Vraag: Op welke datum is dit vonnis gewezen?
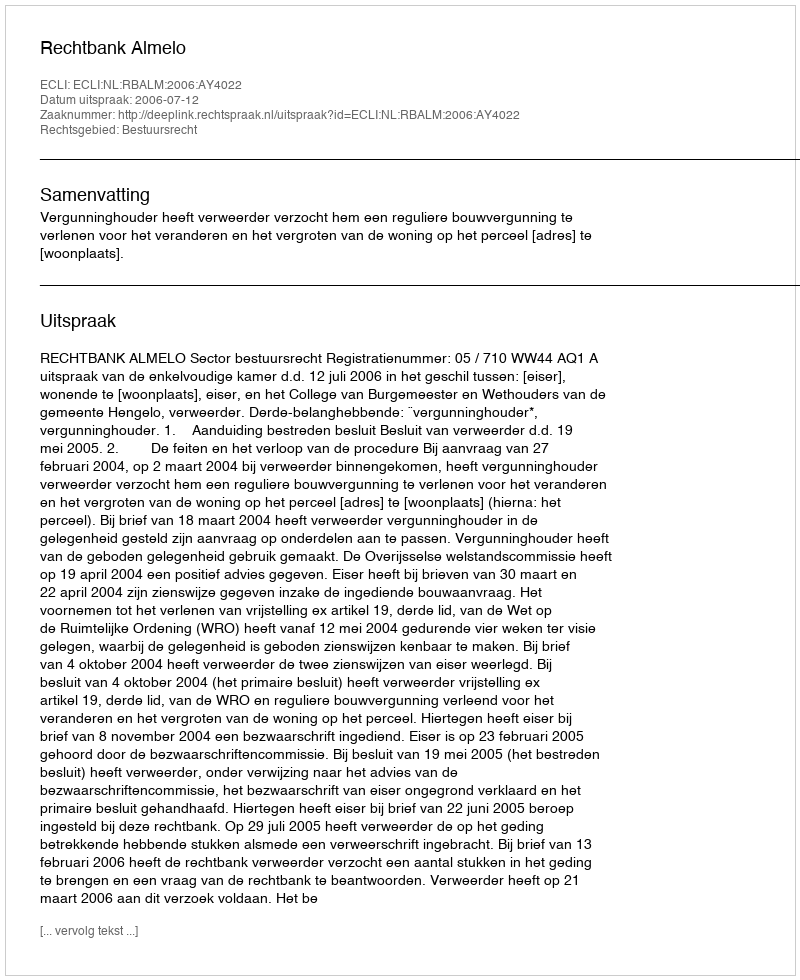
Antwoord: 2006-07-12